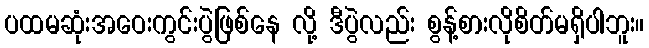
ပထမဆုံးအဝေးကွင်းပွဲဖြစ်နေ လို့ ဒီပွဲလည်း စွန့်စားလိုစိတ်မရှိပါဘူး။